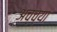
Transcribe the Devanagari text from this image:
अच्च्या